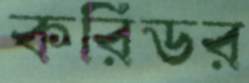
করিডর